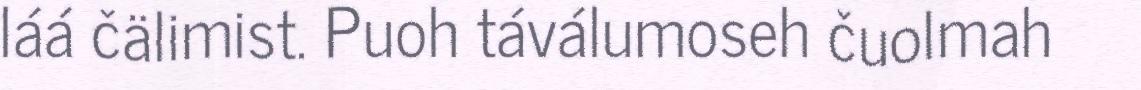
láá čälimist. Puoh táválumoseh čuolmah